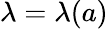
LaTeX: \lambda=\lambda({a})